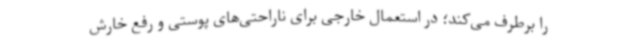
را برطرف می‌کند؛ در استعمال خارجی برای ناراحتی‌های پوستی و رفع خارش